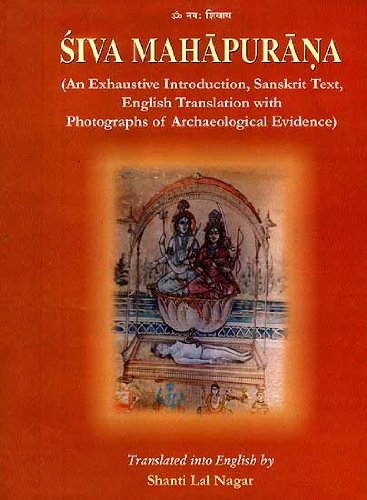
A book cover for Siva Mahapurana (An Exhaustive Introduction, Sanskrit Text, English Translation with Photographs of Archaeological Evidence) 3 Volume Set; Shanti Lal Nagar; Religion & Spirituality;